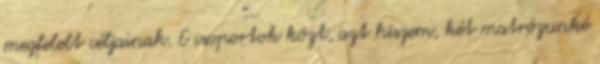
megfelelt céljainak. E csoportok közt, azt hiszem, két matrózunké